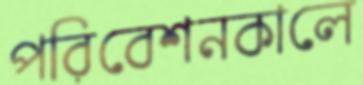
পরিবেশনকালে